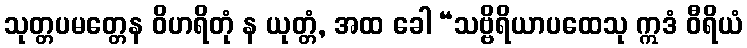
သုတ္တပမတ္တေန ဝိဟရိတုံ န ယုတ္တံ, အထ ခေါ “သဗ္ဗိရိယာပထေသု ဣဒံ ဝီရိယံ